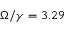
\Omega / \gamma = 3 . 2 9